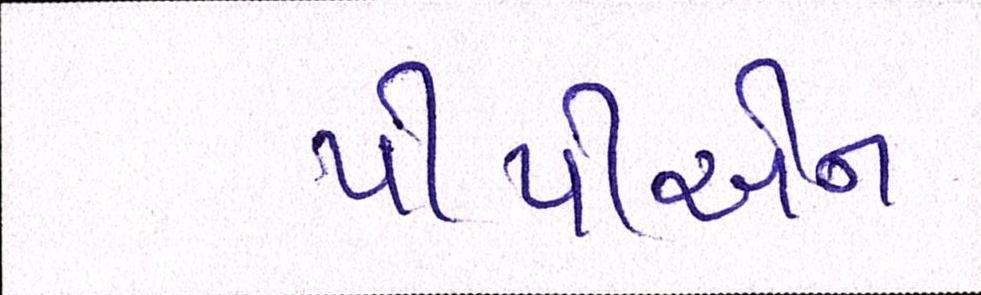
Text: પીપીએન